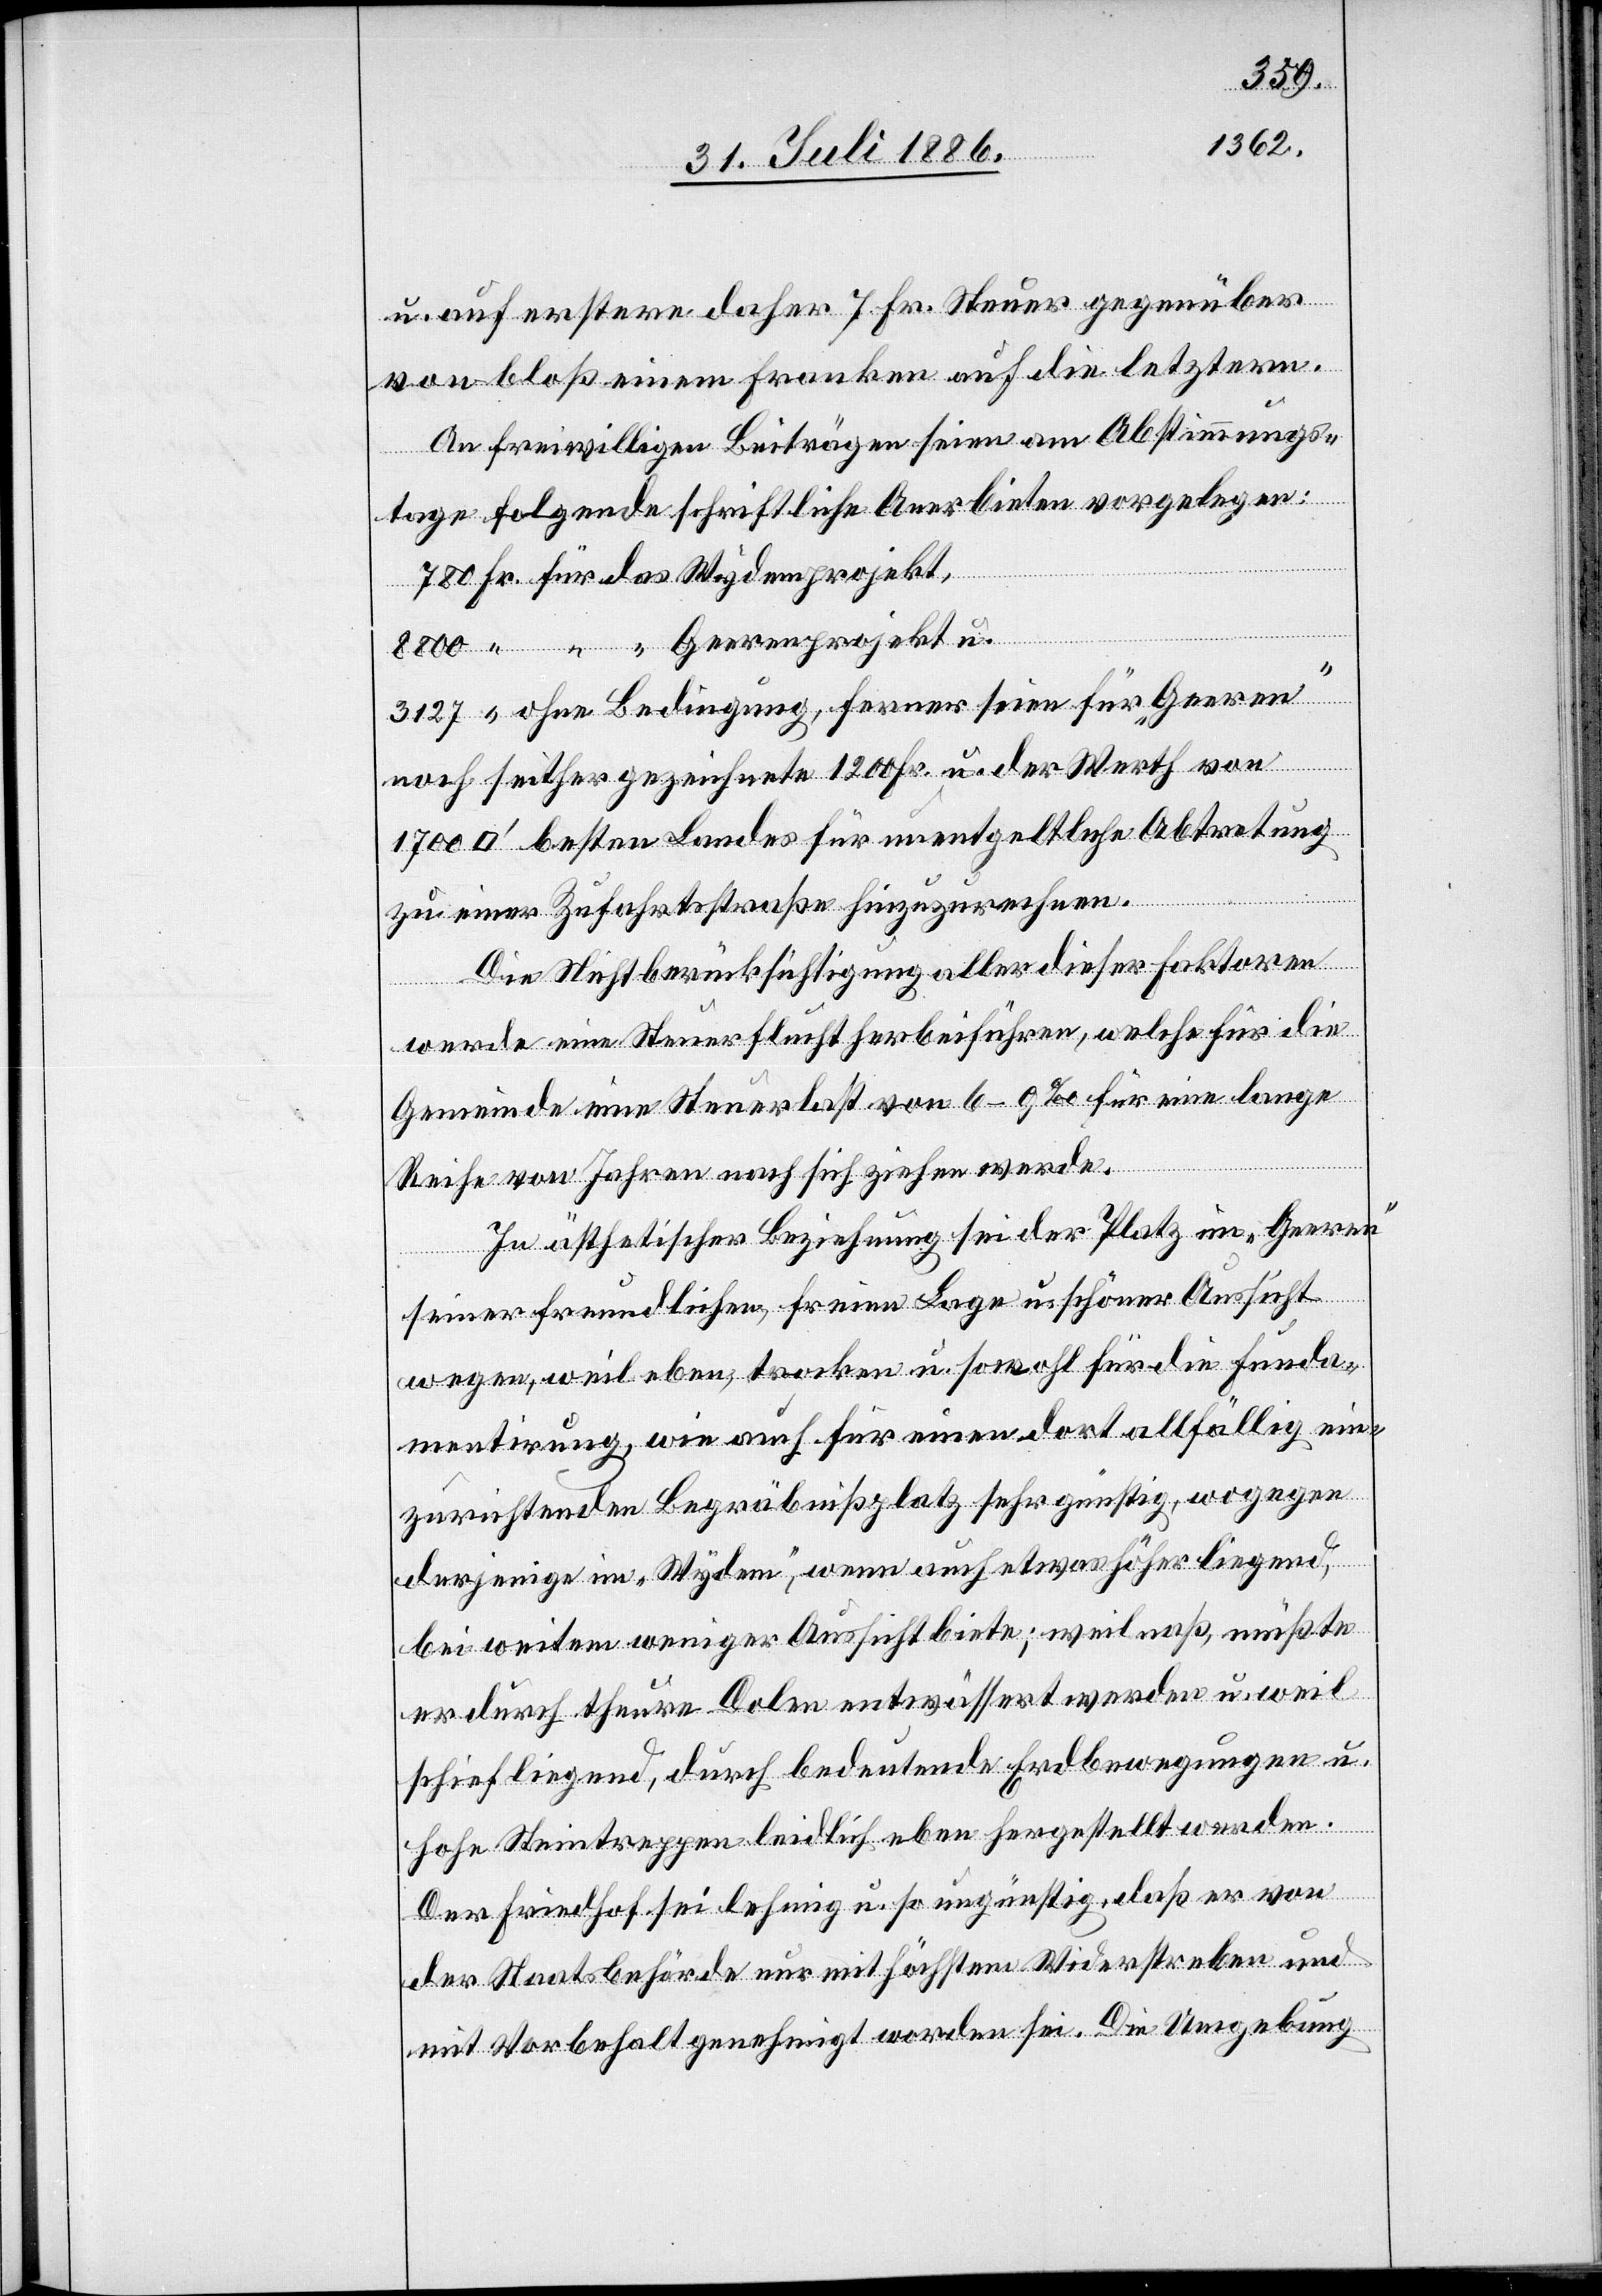
u. auf erstere daher 7 Fr. Steuer gegenüber
von bloß einem Franken auf die letztern.
An freiwilligen Beiträgen seien am Abstimmungs¬
tage folgende schriftliche Anerbieten vorgelegen:
ohne Bedingung, ferner seien für „Geeren“
noch seither gezeichnete 1200 Fr. u. der Werth von
tfuß] besten Landes für unentgeltliche Abtretung
zu einer Zufahrtsstraße hinzuzurechnen.
Die Nichtberücksichtigung aller dieser Faktoren
werde eine Steuerflucht herbeiführen, welche für die
Gemeinde eine Steuerlast von 6–9‰ für eine lange
Reihe von Jahren nach sich ziehen werde.
In ästhetischer Beziehung sei der Platz im „Geeren“
seiner freundlichen, freien Lage u. schöner Aussicht
wegen, weil eben, trocken u. sowohl für die Funda¬
mentirung, wie auch für einen dort allfällig ein¬
zurichtenden Begräbnißplatz sehr günstig, wogegen
derjenige im „Wydem“, wenn auch etwas höher liegend,
bei weitem weniger Aussicht biete; weil naß, müßte
er durch theure Dolen entwässert werden u. weil
schief liegend, durch bedeutende Erdbewegungen u.
[Quadra¬
hohe Steintreppen leidlich eben hergestellt werden.
das
Der Friedhof sei lehmig u. so ungünstig, daß er von
der Staatsbehörde nur mit höchstem Widerstreben und
mit Vorbehalt genehmigt worden sei. Die Umgebung